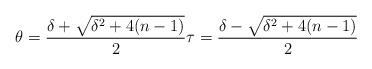
LaTeX: \begin{align*}\theta = \frac{\delta + \sqrt{\delta^2 + 4(n-1)}}{2} \tau = \frac{\delta - \sqrt{\delta^2 + 4(n-1)}}{2} \end{align*}